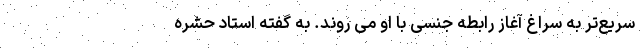
سریع‌تر به سراغ آغاز رابطه جنسی با او می روند. به گفته استاد حشره